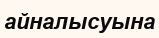
айналысуына